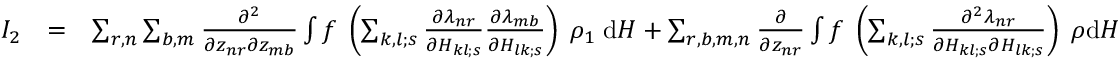
\begin{array} { r l r } { I _ { 2 } } & { = } & { \sum _ { r , n } \sum _ { b , m } { \frac { \partial ^ { 2 } } { \partial z _ { n r } \partial z _ { m b } } } \int f \; \left( \sum _ { k , l ; s } { \frac { \partial \lambda _ { n r } } { \partial H _ { k l ; s } } } { \frac { \partial \lambda _ { m b } } { \partial H _ { l k ; s } } } \right) \; \rho _ { 1 } \; \mathrm { d } H + \sum _ { r , b , m , n } { \frac { \partial } { \partial z _ { n r } } } \int f \; \left( \sum _ { k , l ; s } { \frac { \partial ^ { 2 } \lambda _ { n r } } { \partial H _ { k l ; s } \partial H _ { l k ; s } } } \right) \; \rho \mathrm { d } H } \end{array}